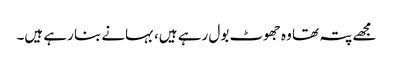
مجھے پتہ تھا وہ جھوٹ بول رہے ہیں، بہانے بنا رہے ہیں۔